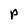
Character: p